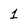
Character: 1